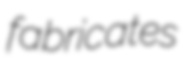
fabricates